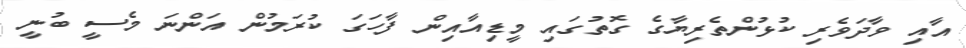
އާއި ވާދަވެރި ކުޅުންތެރިޔާގެ ގޮތުގައި މީޑިއާއިން ފާހަގަ ކުރަމުން އަންނަ މެސީ ބުނީ